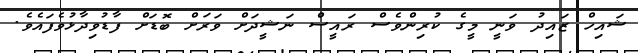
ޝައިހް ޒައިދު ވަނީ މީގެ ކުރިންވެސް ރައީސް ނަޝީދަށް ވަރަށް ބޮޑަށް ފާޑުވިދާޅުވެފައެވެ.